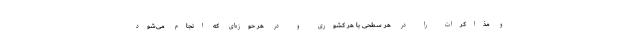
و مذاکرات را در هر سطحی با هر کشوری و در هر حوزه‌ای که انجام می‌شود